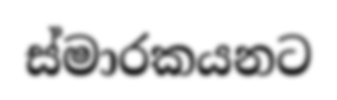
ස්මාරකයනට